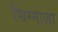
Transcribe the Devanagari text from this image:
सिग्माला